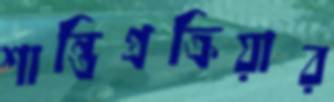
শান্তিপ্রক্রিয়ার